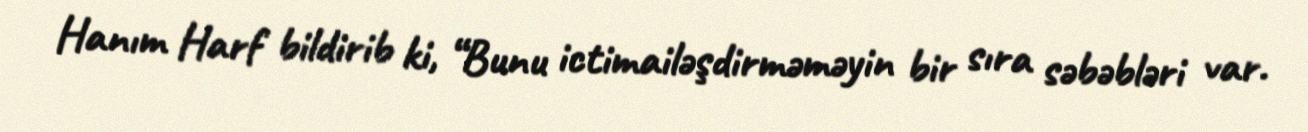
Hanım Harf bildirib ki, “Bunu ictimailəşdirməməyin bir sıra səbəbləri var.